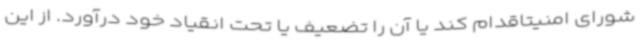
شورای امنیتاقدام کند یا آن را تضعیف یا تحت انقیاد خود درآورد. از این